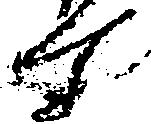
て